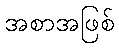
အစာအဖြစ်